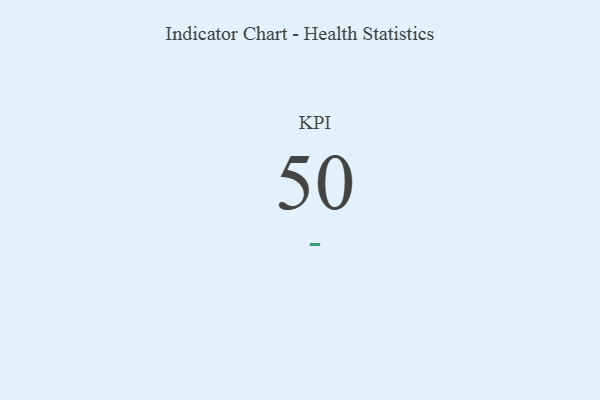
{"axis": {"x": "KPI", "y": "Value"}, "legend": [""], "data": [{"x": "KPI", "y": 50, "type": ""}]}